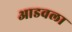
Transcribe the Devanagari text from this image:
आडवला